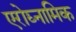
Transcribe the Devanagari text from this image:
एरोद्य्नामिक